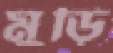
মুড়ি